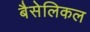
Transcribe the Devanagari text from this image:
बैसेलिकल